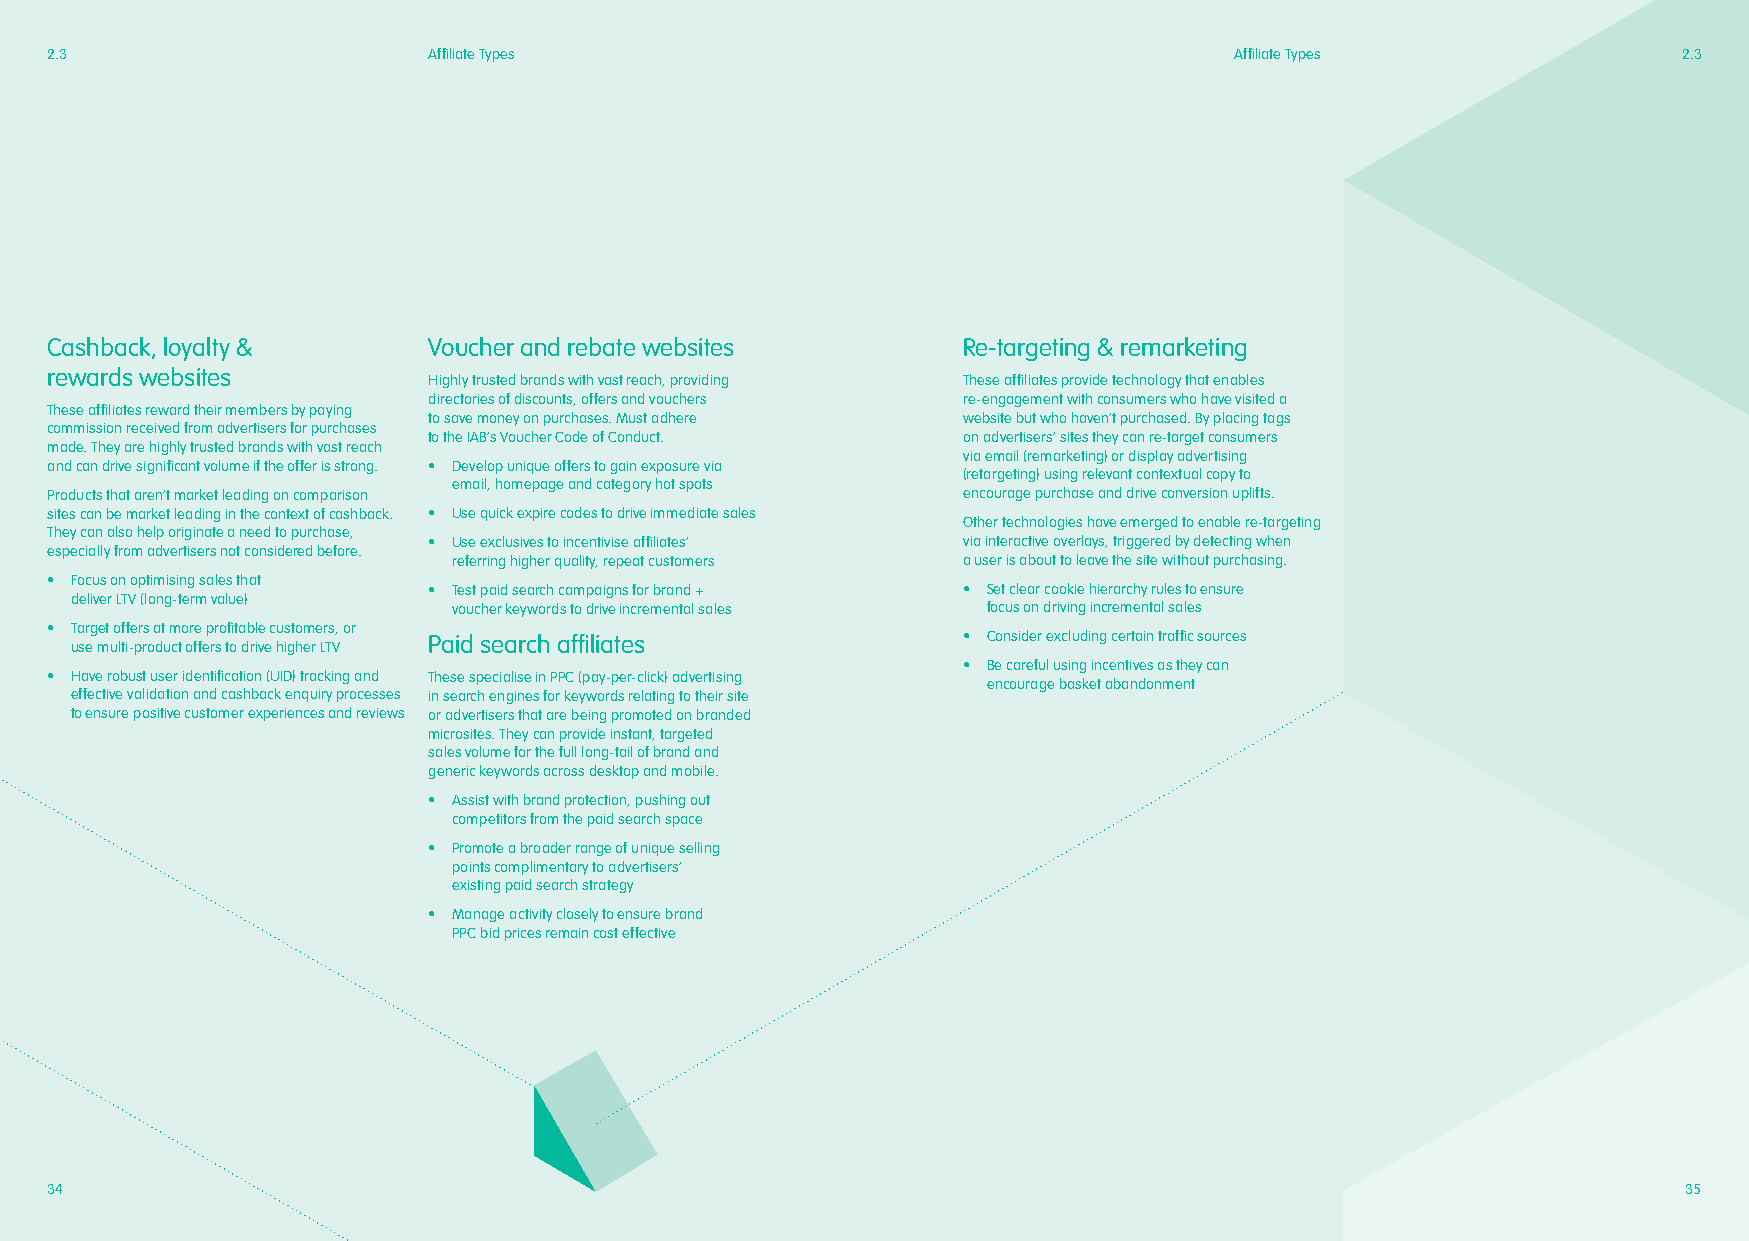
2.3                      Affiliate Types                                       Affiliate Types              2.3
 Cashback, loyalty &      Voucher and rebate websites         Re-targeting & remarketing
 rewards websites
 Highly trusted brands with vast reach, providing These affiliates provide technology that enables
 directories of discounts, offers and vouchers re-engagement with consumers who have visited a
 These affiliates reward their members by paying
 to save money on purchases. Must adhere website but who haven’t purchased. By placing tags
 commission received from advertisers for purchases
 to the IAB’s Voucher Code of Conduct. on advertisers’ sites they can re-target consumers
 made. They are highly trusted brands with vast reach
 via email (remarketing) or display advertising
 and can drive significant volume if the offer is strong. • Develop unique offers to gain exposure via
 (retargeting) using relevant contextual copy to
 email, homepage and category hot spots
 Products that aren’t market leading on comparison            encourage purchase and drive conversion uplifts.
 sites can be market leading in the context of cashback. • Use quick expire codes to drive immediate sales
 Other technologies have emerged to enable re-targeting
 They can also help originate a need to purchase,
 • Use exclusives to incentivise affiliates’ via interactive overlays, triggered by detecting when
 especially from advertisers not considered before.
 referring higher quality, repeat customers a user is about to leave the site without purchasing.
 • Focus on optimising sales that
 • Test paid search campaigns for brand + • Set clear cookie hierarchy rules to ensure
 deliver LTV (long-term value)
 voucher keywords to drive incremental sales focus on driving incremental sales
 • Target offers at more profitable customers, or
 Paid search affiliates              • Consider excluding certain traffic sources
 use multi-product offers to drive higher LTV
 • Be careful using incentives as they can
 • Have robust user identification (UID) tracking and These specialise in PPC (pay-per-click) advertising
 encourage basket abandonment
 effective validation and cashback enquiry processes in search engines for keywords relating to their site
 to ensure positive customer experiences and reviews or advertisers that are being promoted on branded
 microsites. They can provide instant, targeted
 sales volume for the full long-tail of brand and
 generic keywords across desktop and mobile.
 • Assist with brand protection, pushing out
 competitors from the paid search space
 • Promote a broader range of unique selling
 points complimentary to advertisers’
 existing paid search strategy
 • Manage activity closely to ensure brand
 PPC bid prices remain cost effective
 34                                                                                                           35